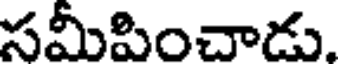
సమీపించాడు.